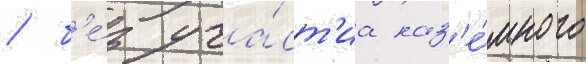
/ б'е́з уча́ст'иа наз'е́много